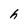
Character: h